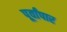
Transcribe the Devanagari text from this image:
पूर्वांपार